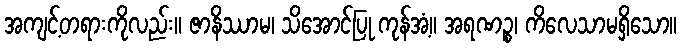
အကျင့်တရားကိုလည်း။ ဇာနိဿာမ၊ သိအောင်ပြု ကုန်အံ့။ အရဏဉ္စ၊ ကိလေသာမရှိသော။